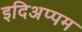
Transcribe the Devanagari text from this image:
इदिअप्पम